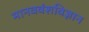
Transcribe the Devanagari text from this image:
मानववंशविज्ञान